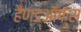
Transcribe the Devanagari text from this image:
हैण्डऑफ्स